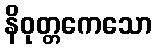
နိဝုတ္တကေသော